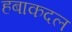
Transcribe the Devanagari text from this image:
हबाकदल